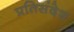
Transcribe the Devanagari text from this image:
प्रतिसंदेश